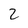
Character: 2